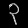
Digit: ၃